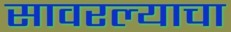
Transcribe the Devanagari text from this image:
सावरल्याचा